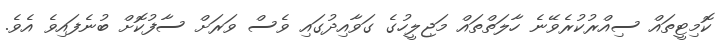
ކޮމިޓީތައް ސިއްރުކުރެވޭނެ ހާލަތްތައް މަޖިލީހުގެ ގަވާއިދުގައި ވެސް ވަރަށް ސާފުކޮށް ބުނެފައިވެ އެވެ.